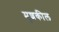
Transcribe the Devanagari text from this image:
मुशकील